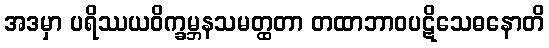
အဒမှာ ပရိဿယဝိက္ခမ္ဘနသမတ္ထတာ တထာဘာဝပဋိသေဓနောတိ